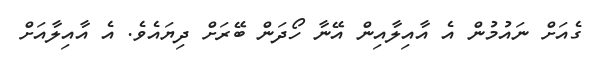
ގެއަށް ނައުމުން އެ އާއިލާއިން އޭނާ ހޯދަން ބޭރަށް ދިޔައެވެ. އެ އާއިލާއަށް